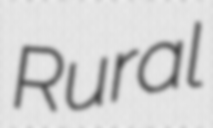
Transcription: Rural